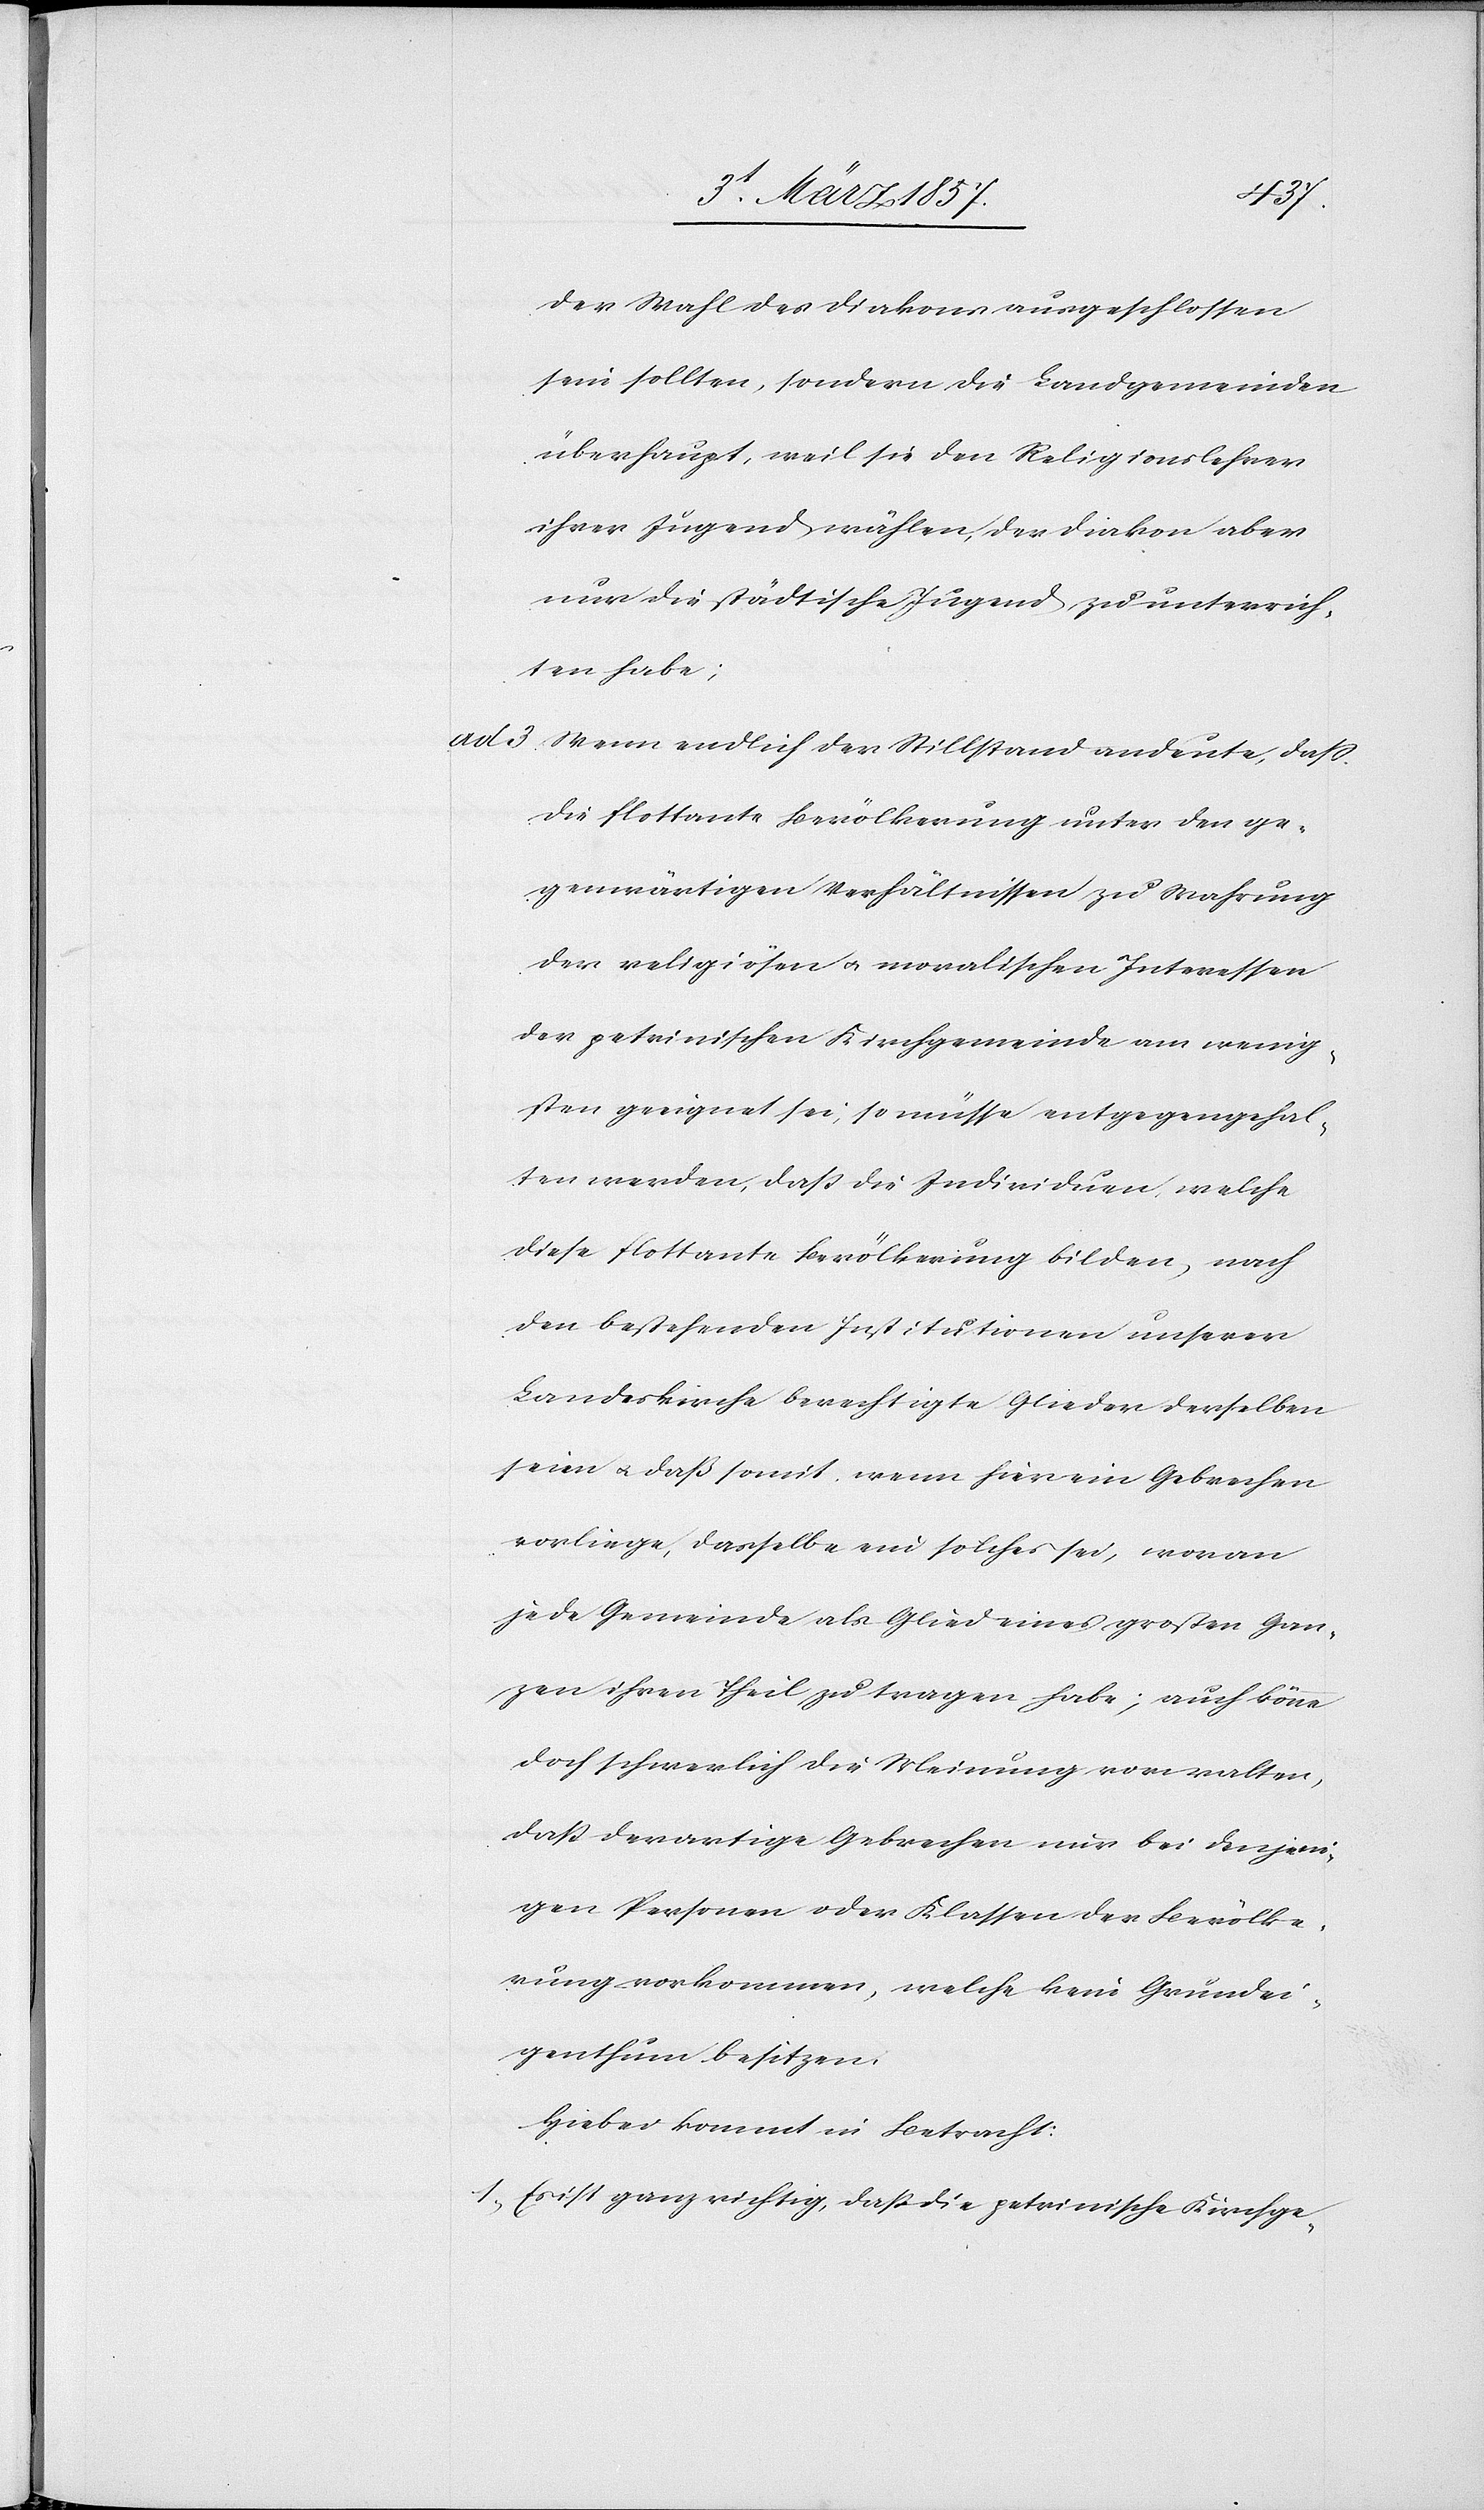
der Wahl des Diakons ausgeschlossen
sein sollten, sondern die Landgemeinden
überhaupt, weil sie den Religionslehrer
ihrer Jugend wählen, der Diakon aber
nur die städtische Jugend zu unterrich¬
ten habe;
ad 3. Wenn endlich der Stillstand andeute, daß
die flottante Bevölkerung unter den ge¬
genwärtigen Verhältnissen zu Wahrung
der religiösen u. moralischen Interessen
der petrinischen Kirchgemeinde am wenig¬
sten geeignet sei, so müsse entgegengehal¬
ten werden, daß die Individuen, welche
diese flottante Bevölkerung bilden, nach
den bestehenden Institutionen unserer
Landeskirche berechtigte Glieder derselben
seien u. daß somit, wenn hier ein Gebrechen
vorliege, dasselbe ein solches sei, woran
jede Gemeinde als Glied eines großen Gan¬
zen ihren Theil zu tragen habe; auch könne
doch schwerlich die Meinung vorwalten,
daß derartige Gebrechen nur bei denjeni¬
gen Personen oder Klassen der Bevölke¬
rung vorkommen, welche kein Grundei¬
genthum besitzen,
Hiebei kommt in Betracht:
1. Es ist ganz richtig, daß die petrinische Kirchge-